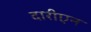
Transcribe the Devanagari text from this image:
दारीएन